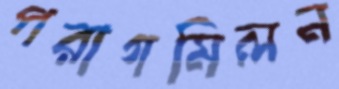
পরাগমিলন